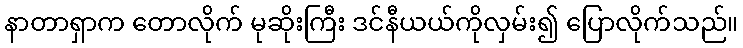
နာတာရှာက တောလိုက် မုဆိုးကြီး ဒင်နီယယ်ကိုလှမ်း၍ ပြောလိုက်သည်။